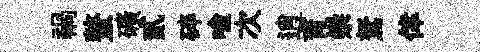
禍螯礦貳碎喻次逍育崇駑倖